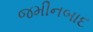
જમીનબાદ